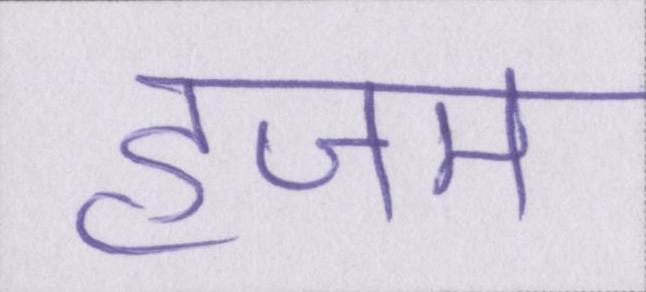
हजम